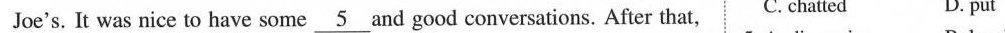
Joe's. It was nice to have some \underline{5} and good conversations. After that, C. chatted D. put